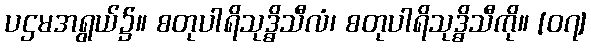
ပဌမအရွယ်၌။ စတုပါရိသုဒ္ဓိသီလံ၊ စတုပါရိသုဒ္ဓိသီကို။ [၀၇]